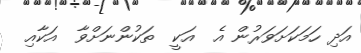
އަދި ހަމަކަށަވަރުން އެ  އަކީ  ތަކުންނަށްވާ  އަކާއި